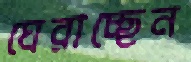
ঘেরাচ্ছেন